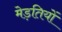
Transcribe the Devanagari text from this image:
मेड़तियों